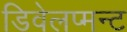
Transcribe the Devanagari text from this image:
डिवेलप्मन्ट